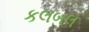
કલબલ